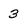
Character: 3